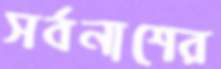
সর্বনাশের